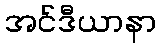
အင်ဒီယာနာ